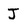
Character: J